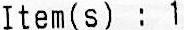
ITEM(S) : 1